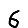
Digit: 6